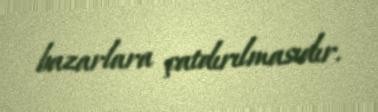
bazarlara çatdırılmasıdır.